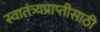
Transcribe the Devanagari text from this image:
स्वातंत्र्यप्राप्तीसाठी